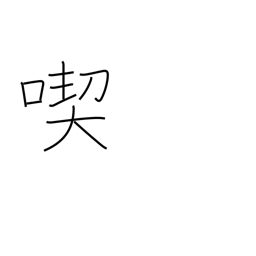
Meaning: consume